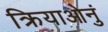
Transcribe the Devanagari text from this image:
क्रियाओनुं